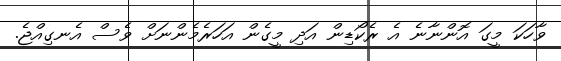
ވާހަކަ މީގަ އޮންނާނެ އެ ރެކޯޑިން އަދި މީގެން އަހަރެމެންނަށް ވެސް އެނގިއްޖެ.